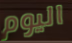
اليوم